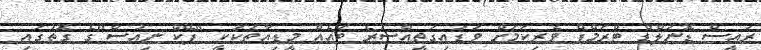
ރައީސް ޑޮނަލްޑް ޓްރަމްޕް ވެރިކަމަށް ވަޑައިގަތީއްސުރެ ބައެއް މީޑިއާތަކަކީ "ފޭކް ނިއުސް"ގެ ގޮތުގައި